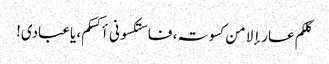
کلکم عار إلا من کسوتہ، فاستکسونی أکسکم، یاعبادی!